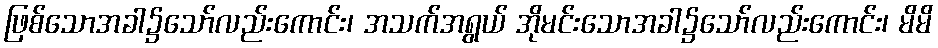
ဖြစ်သောအခါ၌သော်လည်းကောင်း၊ အသက်အရွယ် အိုမင်းသောအခါ၌သော်လည်းကောင်း၊ မိမိ